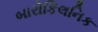
બારોકિલનિક